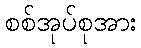
စစ်အုပ်စုအား